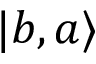
| b , a \rangle